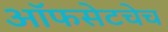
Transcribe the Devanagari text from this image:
ऑफसेटचेच